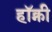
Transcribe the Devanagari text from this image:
हॉक्नी